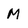
Character: M